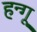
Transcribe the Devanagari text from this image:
हन्गू